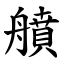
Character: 䒈